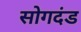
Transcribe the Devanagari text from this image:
सोगदंड